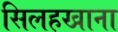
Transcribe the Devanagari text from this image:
सिलहखाना